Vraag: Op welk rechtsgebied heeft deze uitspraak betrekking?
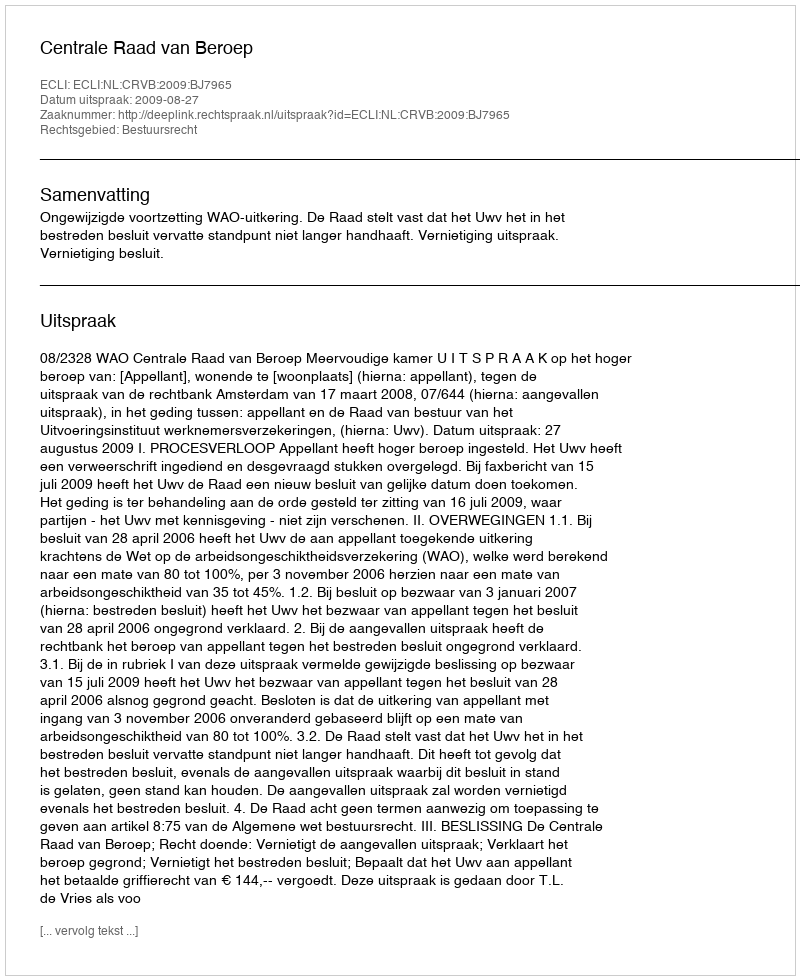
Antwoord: Bestuursrecht